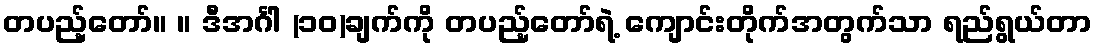
တပည့်တော်။ ။ ဒီအင်္ဂါ (၁၀)ချက်ကို တပည့်တော်ရဲ့ ကျောင်းတိုက်အတွက်သာ ရည်ရွယ်တာ